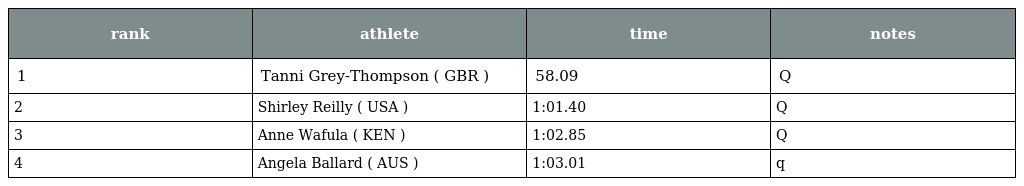
| rank | athlete | time | notes |
 | --- | --- | --- | --- |
 | 1 | Tanni Grey-Thompson ( GBR ) | 58.09 | Q |
 | 2 | Shirley Reilly ( USA ) | 1:01.40 | Q |
 | 3 | Anne Wafula ( KEN ) | 1:02.85 | Q |
 | 4 | Angela Ballard ( AUS ) | 1:03.01 | q |